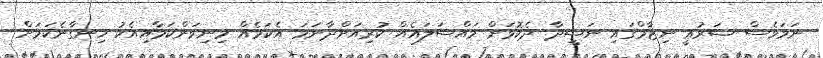
ނަމަވެސް ޝަރުޢީ ނިޒާމްގައި ނަޝީދާ ދެކޮޅަށް މައްސަލައެއް ކުރިއަށްދާނަމަ އެކަމެއް މިނިވަންކަމާއިއެކު ހިނގާނެކަމަށް